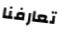
تعارفنا